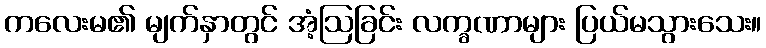
ကလေးမ၏ မျက်နှာတွင် အံ့ဩခြင်း လက္ခဏာများ ပြယ်မသွားသေး။